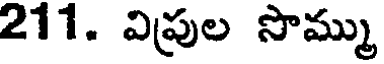
211. విప్రుల సొమ్ము